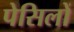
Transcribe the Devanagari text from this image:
पेसिलों